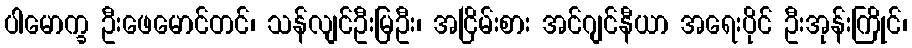
ပါမောက္ခ ဦးဖေမောင်တင်၊ သန်လျင်ဦးမြဦး၊ အငြိမ်းစား အင်ဂျင်နီယာ အရေးပိုင် ဦးအုန်းကြိုင်၊